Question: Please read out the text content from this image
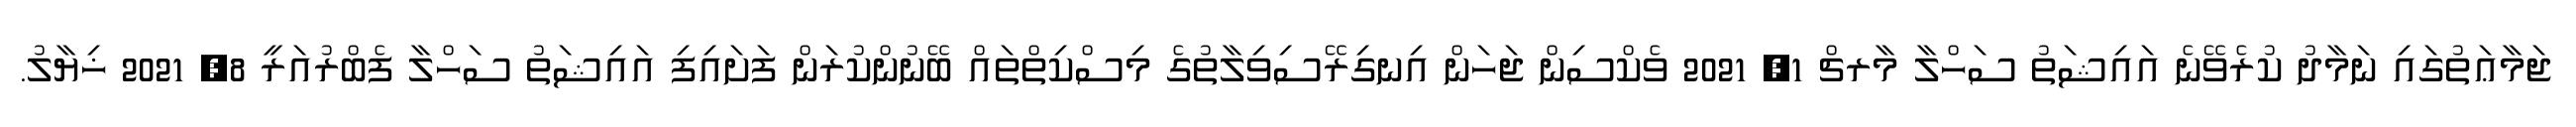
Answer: ޖަމާޢަތުގައި ނަމާދު ކުރެވޭނެ އައިޝަތު ސަހްލާ މާރޗް 1, 2021 ވެކްސިން ޖަހަން އިނގިރޭސިވިލާތުގެ މިސްކިތްތައް ބޭނުންކުރަން ފަށައިފި އައިޝަތު ސަހްލާ ފެބްރުއަރީ 8, 2021 ޚިޔާލު.